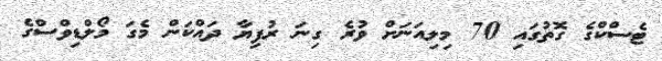
ޓެސްކްގެ ގޮތުގައި 70 މިލިއަނަށް ވުރެ ގިނަ ރުފިޔާ ދައްކަން މެގަ މޯލްޑިވްސްގެ